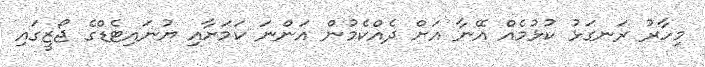
މިހާރު ރަނގަޅު ކުޅުމެއް އޭނާ އަށް ދެއްކެމުން އަންނަ ކަމަށާއި ޔުނައިޓެޑްގެ ޖޯޒީގައި